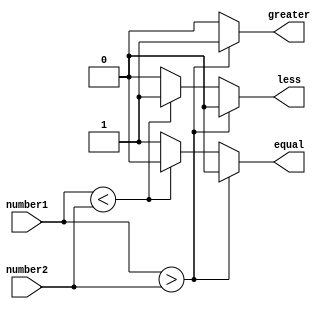
module two_bit_comparator(
    input [1:0] number1,
    input [1:0] number2,
    output reg equal,
    output reg greater,
    output reg less
);

always @(*) begin
    if(number1 > number2) begin
        greater = 1;
        less = 0;
        equal = 0;
    end else if(number1 < number2) begin
        greater = 0;
        less = 1;
        equal = 0;
    end else begin
        greater = 0;
        less = 0;
        equal = 1;
    end
end

endmodule